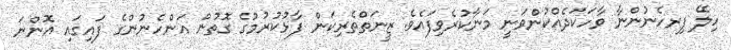
ހިލޭ ފިރހެނުންނާ ވާހަކަދެއްކުންވަނީ މަނާކުރެވިފައެވެ. ޒީނަތްތެރިކަން ފާޅުކުރުމުގެ ގޮތުން އަންހެނުންގެ ފައިގައި އޮންނަ